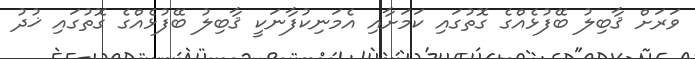
ވަރަށް ޤާބިލު ބޭފުޅެއްގެ ގޮތުގައި ކަމަށާއި އެމަނިކުފާނަކީ ޤާބިލު ބޭފުޅެއްގެ ގޮތުގައި ޚުދު